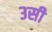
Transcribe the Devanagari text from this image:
३सी